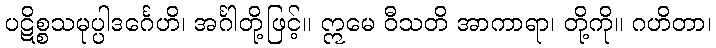
ပဋိစ္စသမုပ္ပါဒင်္ဂေဟိ၊ အင်္ဂါတို့ဖြင့်။ ဣမေ ဝီသတိ အာကာရာ၊ တို့ကို။ ဂဟိတာ၊